Scottish Leaving Certificate Examination, 1957
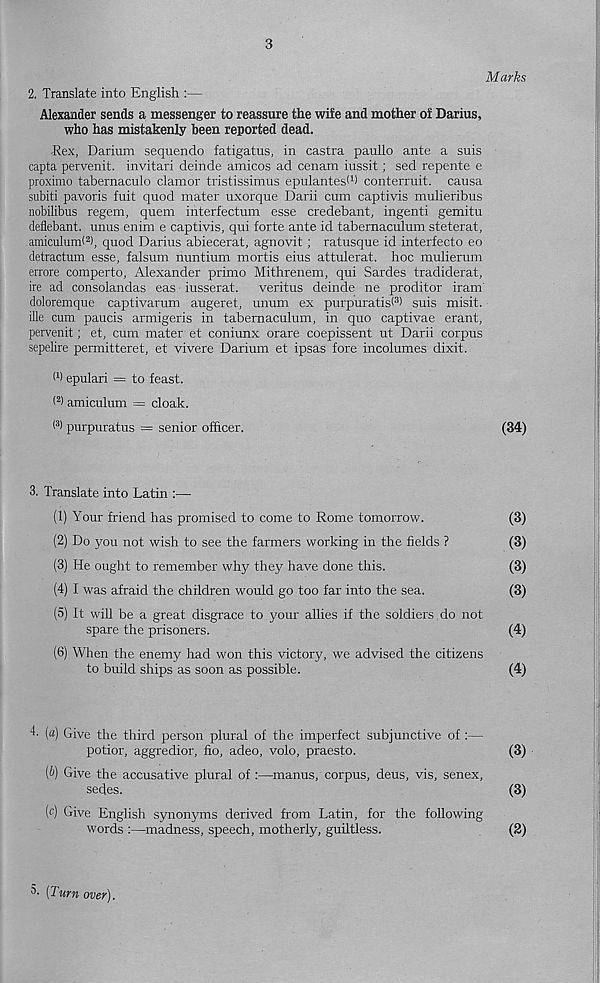
3
Marks
2. Translate into English :—
Alexander sends a messenger to reassure the wife and mother of Darius,
who has mistakenly been reported dead.
Rex, Darium sequendo fatigatus, in castra paullo ante a suis
capta pervenit. invitari deinde amicos ad cenam iussit; sed repente e
proximo tabernaculo clamor tristissimus epulantesl 1 ) conterruit. causa
subiti pavoris fuit quod mater uxorque Darii cum captivis mulieribus
nobilibus regem, quern interfectum esse credebant, ingenti gemitu
deflebant. unus enim e captivis, qui forte ante id tabernaculum steterat,
amiculumf 2 ), quod Darius abiecerat, agnovit ; ratusque id interfecto eo
detractum esse, falsum nuntium mortis eius attulerat. hoc mulierum
errore comperto, Alexander primo Mithrenem, qui Sardes tradiderat,
ire ad consolandas eas iusserat. veritus deinde ne proditor iram
doloremque captivarum augeret, unum ex purpuratisf 3 ) suis misit.
ille cum paucis armigeris in tabernaculum, in quo captivae erant,
pervenit; et, cum mater et coniunx orare coepissent ut Darii corpus
sepelire permitteret, et vivere Darium et ipsas fore incolumes dixit.
W epulari = to feast.
( 2 ) amiculum = cloak.
( 3 > purpuratus = senior officer.
(34)
3. Translate into Latin :—
(1) Your friend has promised to come to Rome tomorrow.
(3)
(2) Do you not wish to see the farmers working in the fields ?
(3)
(3) He ought to remember why they have done this.
(3)
(4) I was afraid the children would go too far into the sea.
(3)
(5) It will be a great disgrace to your allies if the soldiers do not
spare the prisoners.
(4)
(6) When the enemy had won this victory, we advised the citizens
to build ships as soon as possible.
(4)
4. [a) Give the third person plural of the imperfect subjunctive of :—
potior, aggredior, fio, adeo, volo, praesto.
(3)
(2>) Give the accusative plural of :—manus, corpus, deus, vis, senex,
sedes.
(3)
(c) Give English synonyms derived from Latin, for the following
words :—madness, speech, motherly, guiltless.
(2)
[Turn over).